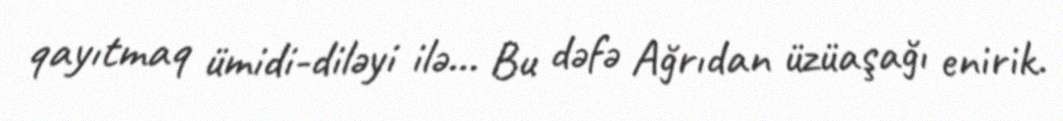
qayıtmaq ümidi-diləyi ilə… Bu dəfə Ağrıdan üzüaşağı enirik.